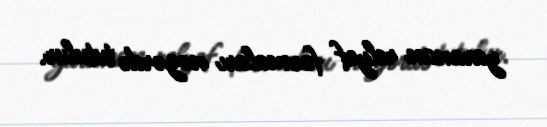
yaranan relyef formaları nəzərdə tutulur.